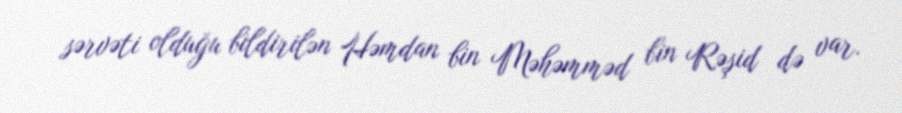
sərvəti olduğu bildirilən Həmdan bin Məhəmməd bin Rəşid də var.